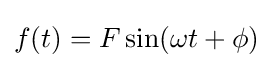
f(t)=F\sin(\omega t+\phi )